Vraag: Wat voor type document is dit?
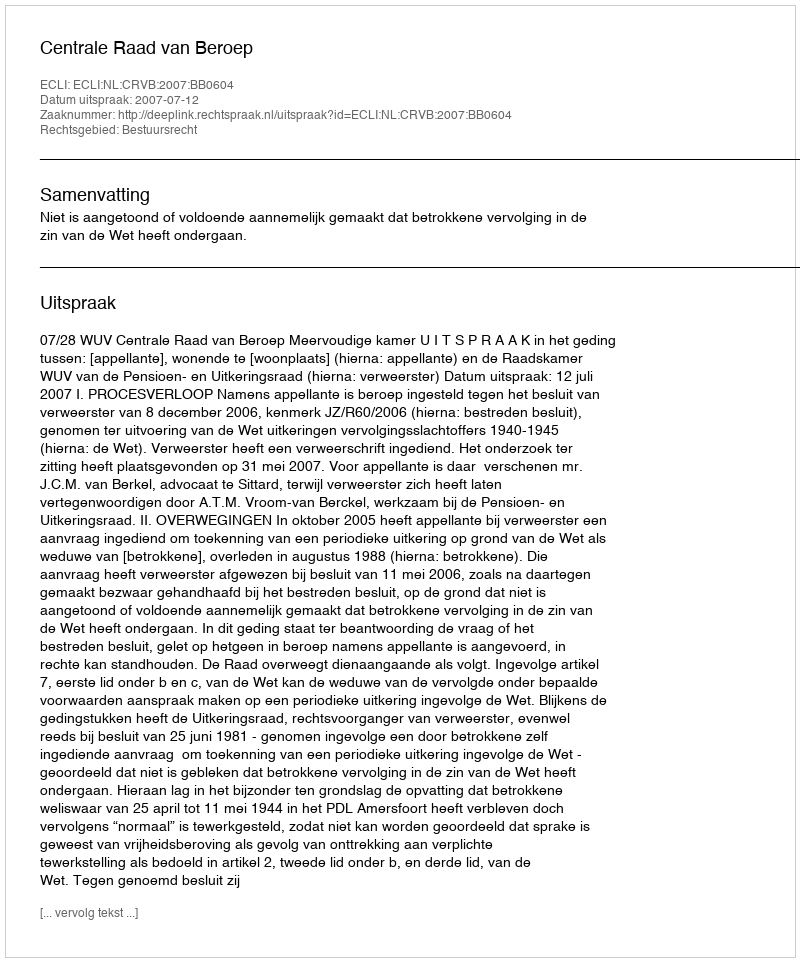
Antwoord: Uitspraak